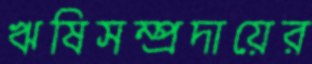
ঋষিসম্প্রদায়ের